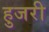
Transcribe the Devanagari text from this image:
हुजरी